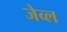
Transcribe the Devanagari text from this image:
जेव्ल